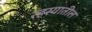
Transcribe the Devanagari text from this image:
रहस्यातील